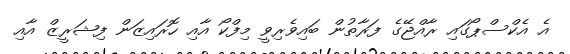
އެ އެކްސްޕޯގައި ރާއްޖޭގެ ފަރާތުން ބައިވެރިވީ މިފްކޯ އާއި ހޮރައިޒަން ފިޝަރީޒް އާއި